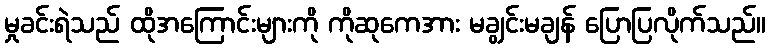
မှုခင်းရဲသည် ထိုအကြောင်းများကို ကိုဆုကေအား မချွင်းမချန် ပြောပြလိုက်သည်။